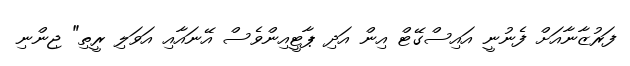
ފަރުޒާނާއަށް ފެނުނީ އައިސްގޭޓް އިން އަދި ޕާޓީއިންވެސް އޭނައާއި އަވަލި ރީތި" ޖިންނި